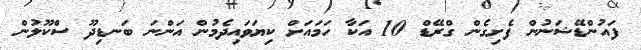
ފައުންޑޭޝަނުން ފެށިގެން ގްރޭޑް 10 އަކާ ހަމައަށް ކިޔަވައިދެމުން އަންނަ ބަނޑިދޫ ސްކޫލުން